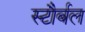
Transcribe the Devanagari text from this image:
स्टौर्बल